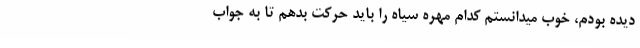
دیده بودم، خوب میدانستم کدام مهره سیاه را باید حرکت بدهم تا به جواب